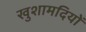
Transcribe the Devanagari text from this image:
खुशामदियों